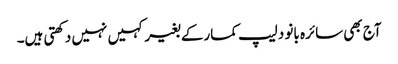
آج بھی سائرہ بانو دلیپ کمارکے بغیر کہیں نہیں دکھتی ہیں۔